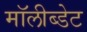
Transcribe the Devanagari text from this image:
मॉलीब्डेट